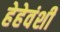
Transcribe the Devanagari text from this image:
हेहेवंशी